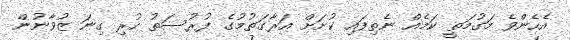
އެހެންވެ މަގުމަތީ ކަމެއް ނެތިފައި ކުށަށް އަރާގަތުމުގެ ފުރުސަތު ހުރި ގިނަ ޒުވާނުން